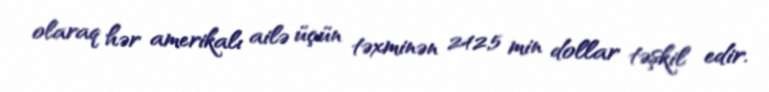
olaraq hər amerikalı ailə üçün təxminən 242,5 min dollar təşkil edir.